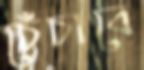
চেঁচাবে